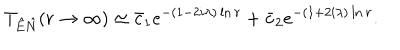
T _ { \hat { E } \hat { N } } ( r \rightarrow \infty ) \simeq \bar { c } _ { 1 } e ^ { - ( 1 - 2 i \lambda ) \ln r } + \bar { c } _ { 2 } e ^ { - ( 1 + 2 i \lambda ) \ln r } .